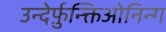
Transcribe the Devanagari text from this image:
उन्देर्फ़ुन्क्तिओनिन्ग